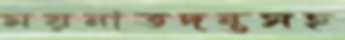
ময়নাতদন্তসহ